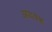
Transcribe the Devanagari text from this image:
आयवंश